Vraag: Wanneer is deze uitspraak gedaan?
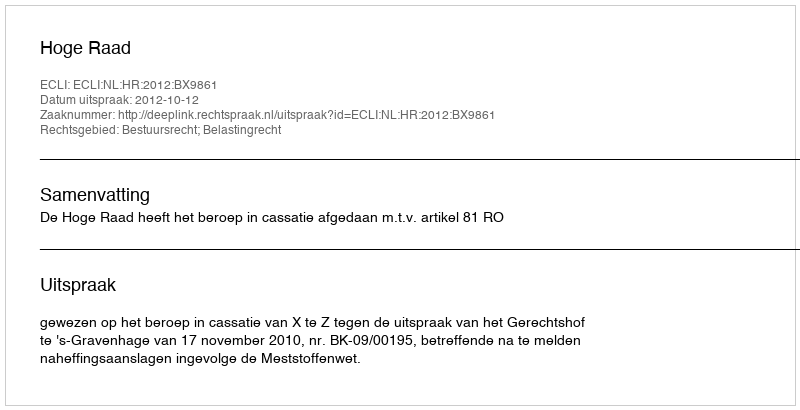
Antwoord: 2012-10-12